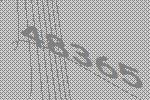
48365